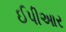
ઈપીઆર